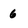
Character: 6